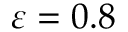
\varepsilon = 0 . 8